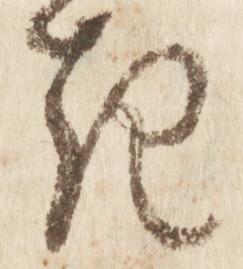
き